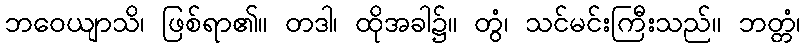
ဘဝေယျာသိ၊ ဖြစ်ရာ၏။ တဒါ၊ ထိုအခါ၌။ တွံ၊ သင်မင်းကြီးသည်။ ဘတ္တံ၊